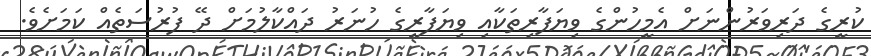
ކުރީގެ ދަރިވަރުންނަށް އެމީހުންގެ ވިޔަފާރިތަކާއި ވިޔަފާރީގެ ހުނަރު ދައްކާލުމަށް ދޭ ފުރުސަތެއް ކަމަށެވެ.